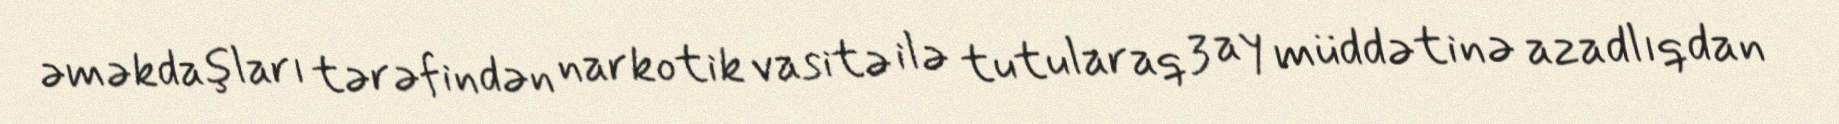
əməkdaşları tərəfindən narkotik vasitə ilə tutularaq 3 ay müddətinə azadlıqdan